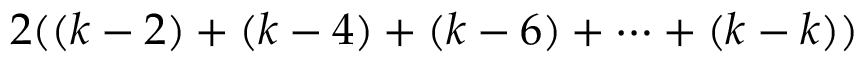
2 ( ( k - 2 ) + ( k - 4 ) + ( k - 6 ) + \dots + ( k - k ) )